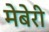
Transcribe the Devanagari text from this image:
मेबेरी